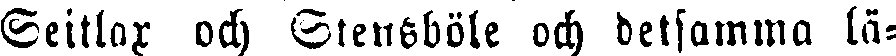
Seitlax och Stensböle och detsamma lä-